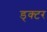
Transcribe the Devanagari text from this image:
ड्क्टर